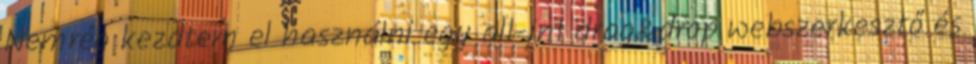
Nemrég kezdtem el használni egy all-in1 drag&drop webszerkesztő és